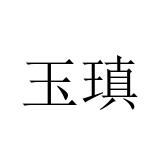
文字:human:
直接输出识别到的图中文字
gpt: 玉瑱